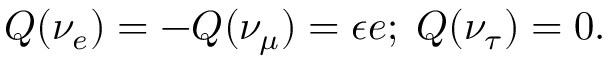
Q ( \nu _ { e } ) = - Q ( \nu _ { \mu } ) = \epsilon e ; \; Q ( \nu _ { \tau } ) = 0 .